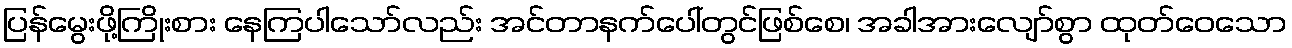
ပြန်မွေးဖို့ကြိုးစား နေကြပါသော်လည်း အင်တာနက်ပေါ်တွင်ဖြစ်စေ၊ အခါအားလျော်စွာ ထုတ်ဝေသော